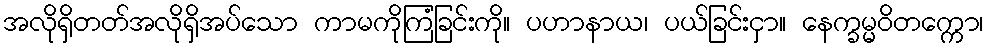
အလိုရှိတတ်အလိုရှိအပ်သော ကာမကိုကြံခြင်းကို။ ပဟာနာယ၊ ပယ်ခြင်းငှာ။ နေက္ခမ္မဝိတက္ကော၊